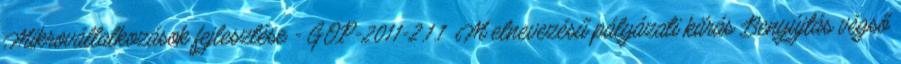
Mikrovállalkozások fejlesztése - GOP-2011-2.1.1 M elnevezésű pályázati kiírás Benyújtás végső